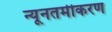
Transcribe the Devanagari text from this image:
न्यूनतमीकरण